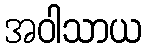
အဝါသာယ